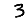
Digit: 3